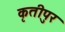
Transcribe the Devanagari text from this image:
कृतीपुर